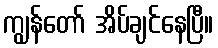
ကျွန်တော် အိပ်ချင်နေပြီ။